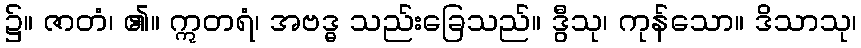
၌။ ဇာတံ၊ ၏။ ဣတရံ၊ အဗဒ္ဓ သည်းခြေသည်။ ဒွီသု၊ ကုန်သော။ ဒိသာသု၊